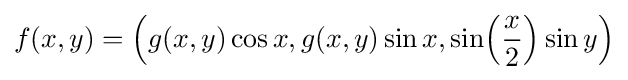
f(x,y)=\left(g(x,y)\cos x,g(x,y)\sin x,\sin \!\left({\frac {x}{2}}\right)\sin y\right)